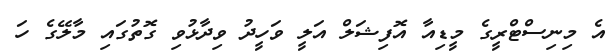
އެ މިނިސްޓްރީގެ މީޑިއާ އޮފިޝަލް އަލީ ވަހީދު ވިދާޅުވި ގޮތުގައި މާލޭގެ ހަ